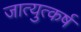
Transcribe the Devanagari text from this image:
जात्युत्कर्ष